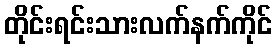
တိုင်းရင်းသားလက်နက်ကိုင်